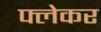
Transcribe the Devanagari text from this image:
फ्लेकर